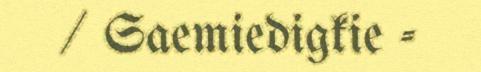
/ Saemiedigkie -